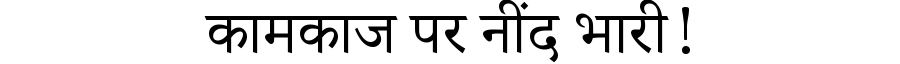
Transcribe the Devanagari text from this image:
कामकाज पर नींद भारी!